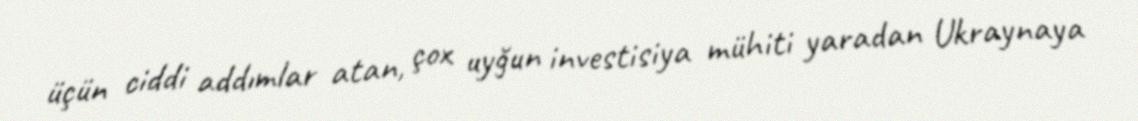
üçün ciddi addımlar atan, çox uyğun investisiya mühiti yaradan Ukraynaya